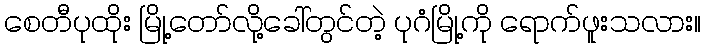
စေတီပုထိုး မြို့တော်လို့ခေါ်တွင်တဲ့ ပုဂံမြို့ကို ရောက်ဖူးသလား။